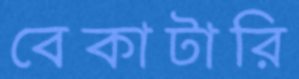
বেকাটারি